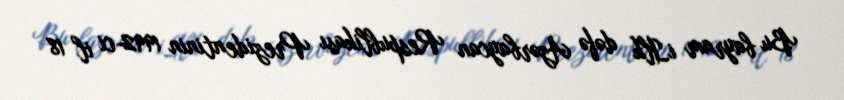
Bu bayram iİlk dəfə Azərbaycan Respublikası Prezidentinin 1992-ci il 18